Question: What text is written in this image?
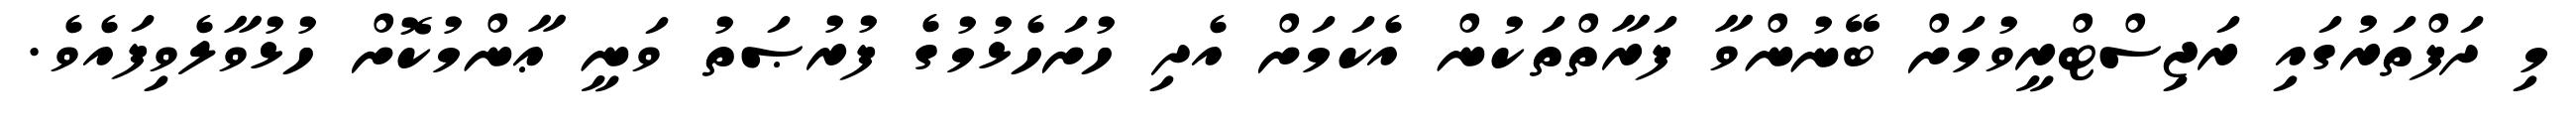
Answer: މި ދަފްތަރުގައި ރަޖިސްޓްރީވުމަށް ބޭނުންވާ ފަރާތްތަކުން އެކަމަށް އެދި ހުށަހެޅުމުގެ ފުރުޞަތު ވަނީ ޢާންމުކޮށް ހުޅުވާލެވިފައެވެ.